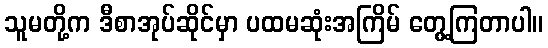
သူမတို့က ဒီစာအုပ်ဆိုင်မှာ ပထမဆုံးအကြိမ် တွေ့ကြတာပါ။